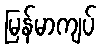
မြန်မာကျပ်